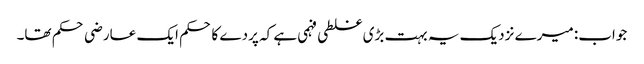
جواب: میرے نزدیک یہ بہت بڑی غلطی فہمی ہے کہ پردے کا حکم ایک عارضی حکم تھا۔